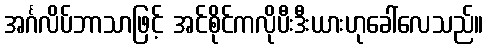
အင်္ဂလိပ်ဘာသာဖြင့် အင်စိုင်ကလိုပီးဒီးယားဟုခေါ်လေသည်။